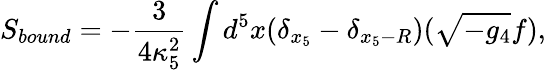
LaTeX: S_{bound}=-\frac{3}{4\kappa_{5}^{2}}\int d^{5}x(\delta_{x_{5}}-\delta_{x_{5}-R})(\sqrt{-g_{4}}f),